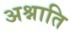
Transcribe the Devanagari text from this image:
अश्नाति